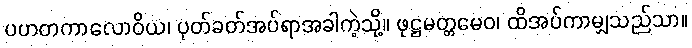
ပဟတကာလောဝိယ၊ ပုတ်ခတ်အပ်ရာအခါကဲ့သို့။ ဖုဋ္ဌမတ္တမေဝ၊ ထိအပ်ကာမျှသည်သာ။